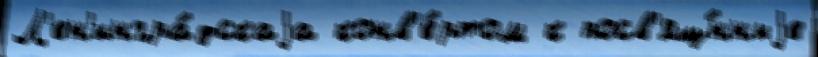
Л'ен'ингра́дскаjа конв'е́ртом к посв'ящ́нныjе